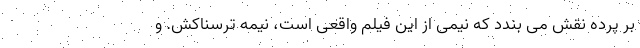
بر پرده نقش می بندد که نیمی از این فیلم واقعی است، نیمه ترسناکش. و